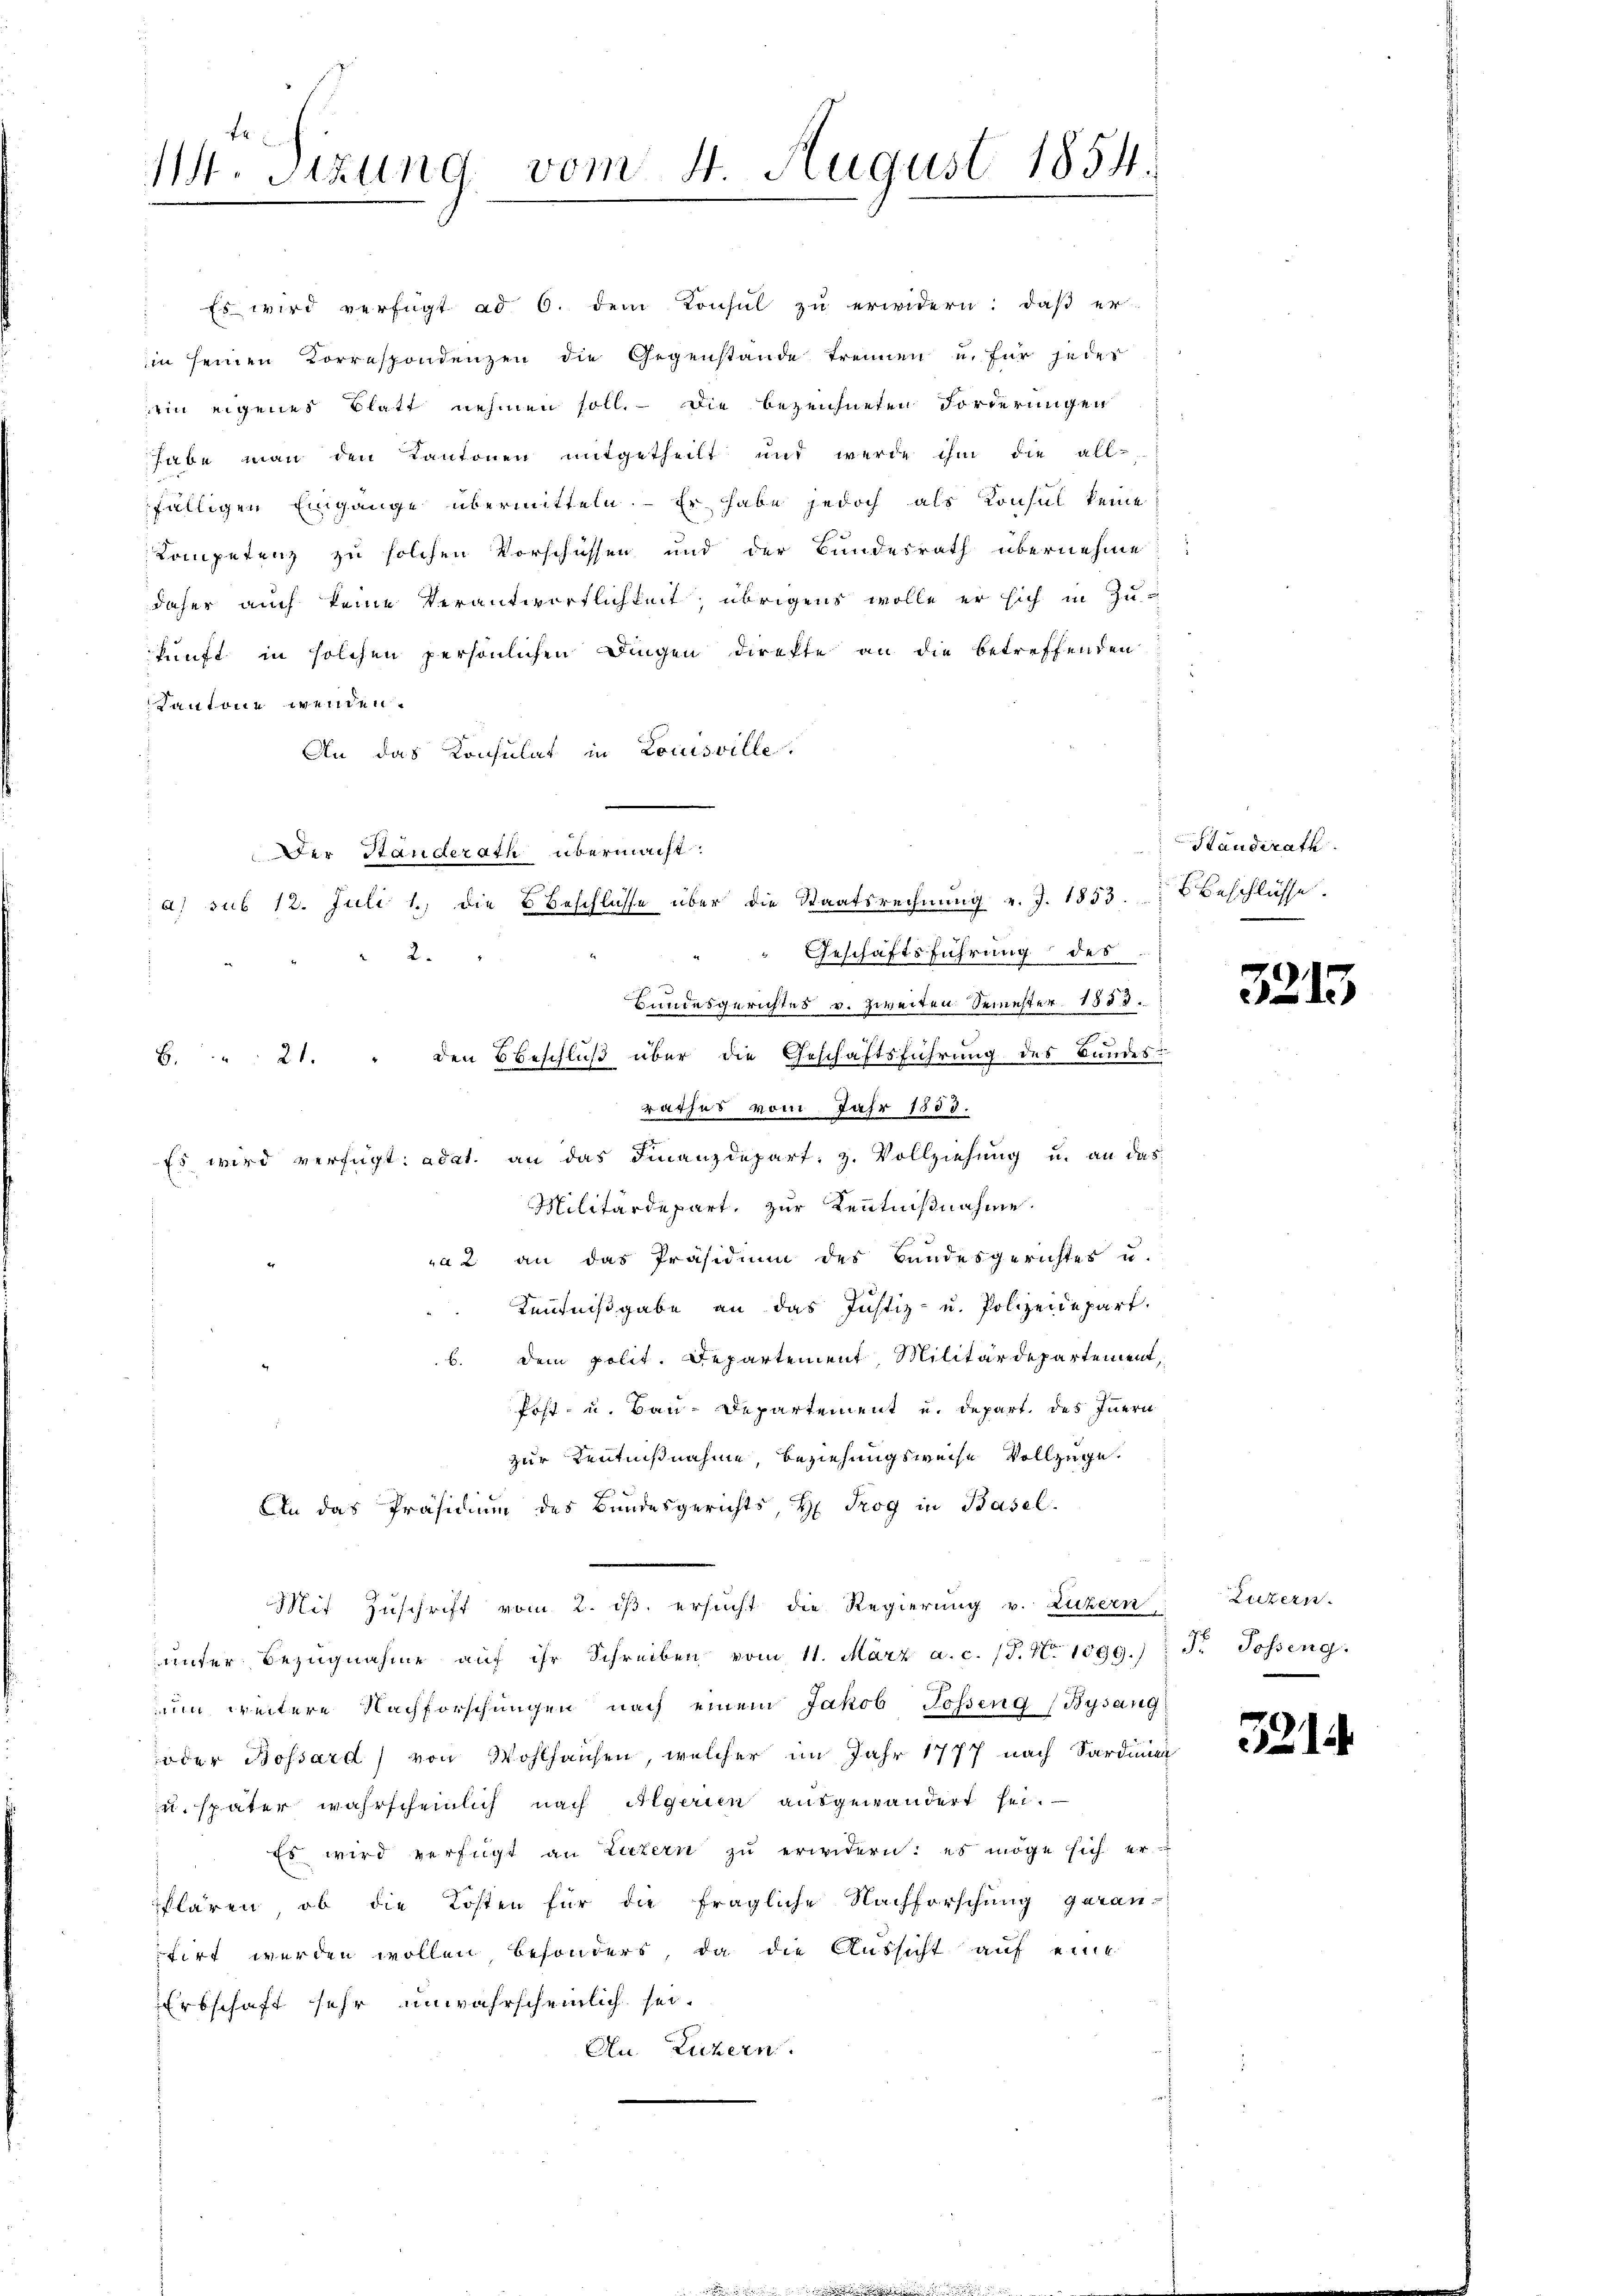
11. Sizung vom 4. August 1854

" Es wird verfügt ad 6. dem Konsŭl zŭ erwidern: daβ er-
in seinen Correspondenzen die Gegenstände trennen u. für jedes
ein eigenes Blatt nehmen soll. - Die bezeichneten Forderungen
habe man den Kantonen mitgetheilt und werde ihm die all-
fälligen Eingange übermitteln. Er habe jedoch als Konsul keine
Kompetenz zu solchen Vorschüssen und der Bundesrath übernehme
daher auch keine Verantwortlichkeit, übrigens wolle er sich in Zukunft in solchen persönlichen Dingen direkte an die betreffenden
Kantone wenden.
An das Konsulat in Louisville.
Der Standerath übermacht.
Bundesgerichtes v. Zweiten Semester 1858.
B. 21. " den Beschluß über die Geschäftsführung des Bundes-
rathes vom Jahr 1883.
Es wird verfügt: adat. an das Finanzdepart. z. Vollziehung u. an das
Militärdepart, zur Kenntnißnahme.
a2 an das Präsidium des Bundesgerichtes u.
Kentnißgabe an das Justiz- u. Polizeidepart.
b. Dem polit. Departement, Militärdepartement,
Post- u. Bau-Departement und depart des Innern
zur Kenntnißnahme, Beziehungsweise Vollzuge
An das Präsidium des Bundesgerichts, H. Trog in Basel.
Mit Zuschrift vom 2. ds. ersucht die Regierung v. Zuckern
ŭnter Bezŭgnahme aŭf ihr Schreiben vom 11. März a.c. (T. N. 1099.) J. Posseng.
num weitere Nachforschungen nach einem Jakob Gosseng (Bysang
oder Bossard von Wohlhausen, welcher im Jahr 1777 nach Sardinien
u. später wahrscheinlich nach Algerien ausgewandert sei.
Es wird verfügt an Luzern zŭ erwidern: es möge sich er-
klären, ob die Kosten für die fragliche Nachforschung garan-
firt werden wollen besondert, da die Aussicht auf eine
Erbschaft sehr unwahrscheinlich sei.
Au. Luzern.

2.

a) sub 12. Juli 1) die Beschlüsse über die Staatsrechnung v. J. 1853.
Geschäftsführung des

Staudirath
Beschlüsse.

3215

Luzern.

321